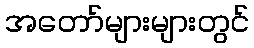
အတော်များများတွင်